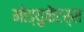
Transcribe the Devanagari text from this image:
मोड्य़ुळॆटर्स